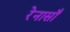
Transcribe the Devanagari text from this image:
रेनासाँ